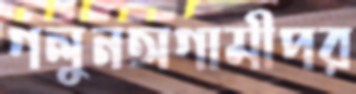
গলুনঅগামীপর